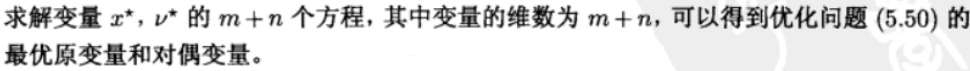
求解变量$x^*, \nu^*$的$m + n$个方程，其中变量的维数为$m + n$，可以得到优化问题$(5.50)$的最优原变量和对偶变量。